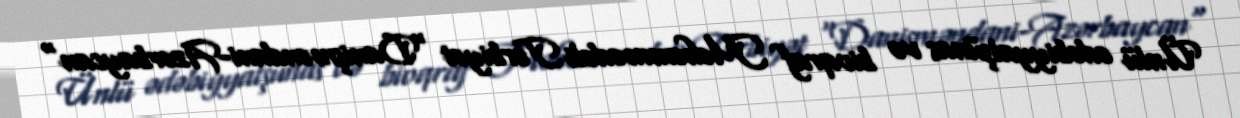
Ünlü ədəbiyyatşünas və bioqraf Məhəmmədəli Tərbiyət "Danişməndani-Azərbaycan"